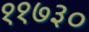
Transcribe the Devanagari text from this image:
११७३०